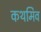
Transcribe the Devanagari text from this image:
कथमिव